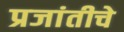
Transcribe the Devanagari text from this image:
प्रजांतीचे